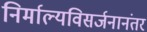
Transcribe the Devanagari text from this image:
निर्माल्यविसर्जनानंतर